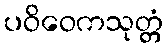
ပဝိဝေကသုတ္တံ